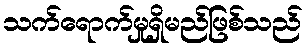
သက်ရောက်မှုရှိမည်ဖြစ်သည်